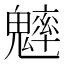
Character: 𩴐